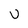
Character: U